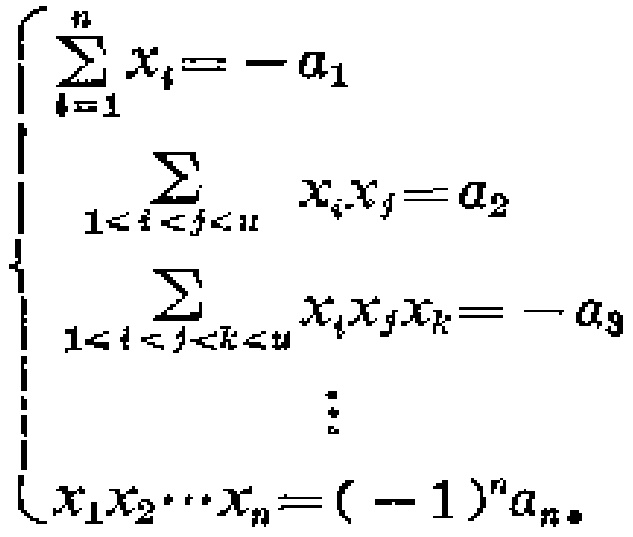
\[S(x)=\frac{d}{2}x^{2}+(a_{1}-\frac{d}{2})x\quad (x > 0)\]